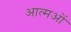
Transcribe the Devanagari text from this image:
आत्मओं